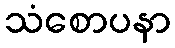
သံစောပနာ